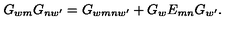
G _ { w m } G _ { n w ^ { \prime } } = G _ { w m n w ^ { \prime } } + G _ { w } E _ { m n } G _ { w ^ { \prime } } .